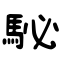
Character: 駜